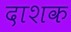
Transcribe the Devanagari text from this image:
दाशक